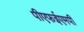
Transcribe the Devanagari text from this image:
पीएफईएमपी